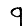
Digit: 9